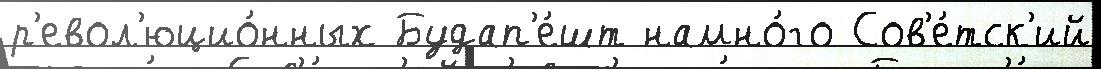
р'евол'юцио́нных Будап'е́шт намно́го Сов'е́тск'ий